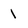
Character: 1